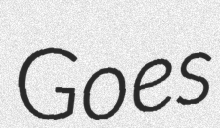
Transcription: Goes